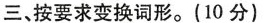
三、按要求变换词形。(10分)